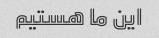
این ما هستیم